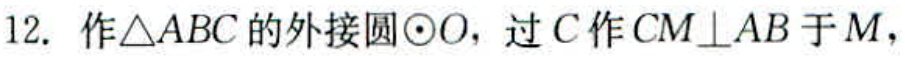
12. 作\(\triangle ABC\)的外接圆\(\odot O\)，过\(C\)作\(CM\perp AB\)于\(M\)，